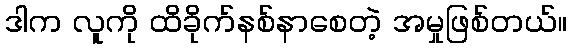
ဒါက လူကို ထိခိုက်နစ်နာစေတဲ့ အမှုဖြစ်တယ်။